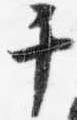
干